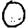
Digit: 0